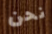
نحن